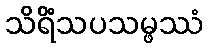
သိရိံသပသမ္ဖဿံ